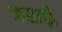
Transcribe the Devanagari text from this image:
असाढ़ी